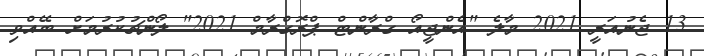
13 ޖެނުއަރީ 2021 މާލެ "އެންޖީއޯ ގްރާންޓް ޕްރޮގްރާމް 2021" ލޯންޗުކުރުމަށް ބޭއްވި